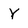
Character: Y